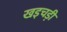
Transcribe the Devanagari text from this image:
खइचड़ी